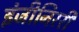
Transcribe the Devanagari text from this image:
इंजीनिररी